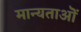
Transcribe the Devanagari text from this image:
मान्यताऒं